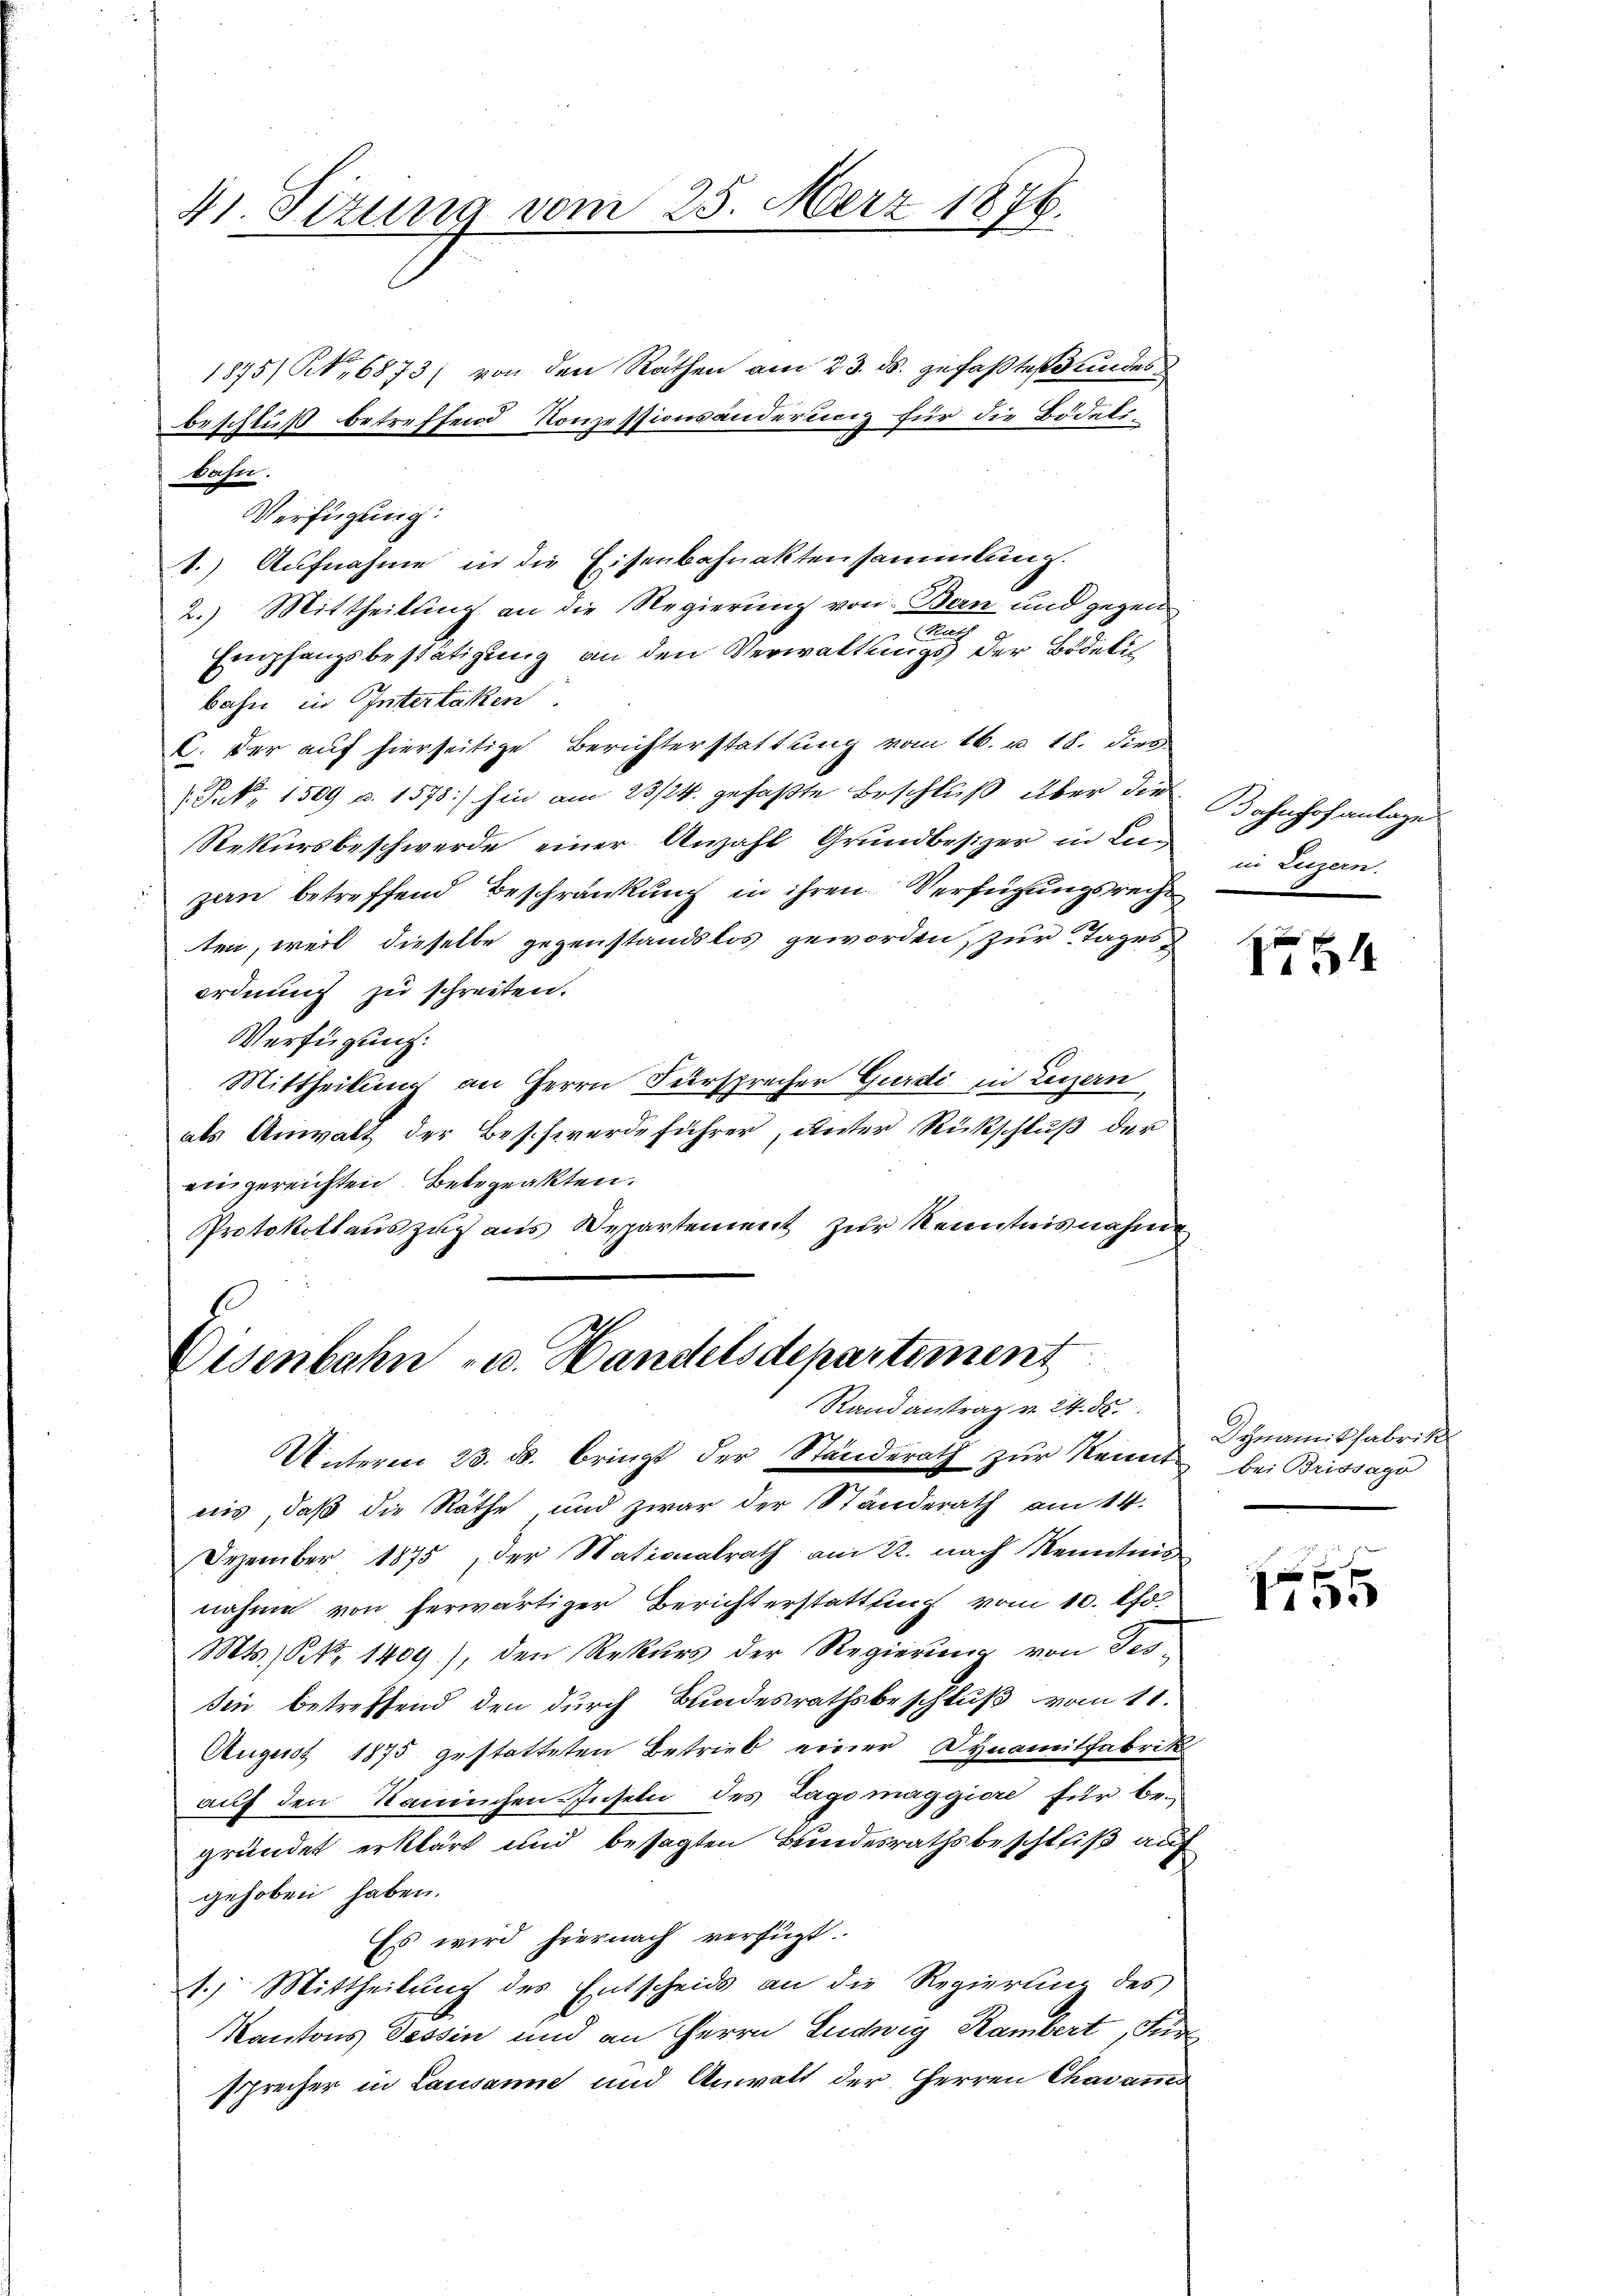
41. Sitzung vom 25. März 1876.
1875/ N., 6873/ von den Rathen am 23. ds. gefaßtes Bundes
beschluß betreffend Konzessionsänderung für die Bödeli¬

Bahn.
Verfügung:
1.) Aufnahme in die Eisenbahnaktensammlung.
2.) Mittheilung an die Regierung von Bern und gegen

Empfangsbestätigung an den Verwaltungs der Bidelis
Bahn in Interlaken.
C. der auf hierseitige Berichterstattung vom 16. u. 18. dies
Prk. 1509 u. 1578) hin am 23/24. gefaßte Beschluß über die
Rekursbeschwerde einer Anzahl Grundbesizer in Lieg
zen betreffend Beschränkung in ihren Verfügungsrecht
ten, weil dieselbe gegenstandslos geworden zur Tages
ordnung zu schreiten.
Verfügung.
Mittheilung an Herrn Fürsprecher Gurdi in Luzern,
als Anwalt der Beschwerde führer, unter Rückschluß der
eingereichten Belegeakten.
Protokollauszug aus Departement zur Kenntnisnahm
Eisenbahn - u. Handelsdepartement
Randantrag v. 24. ds.
Unterm 23. ds. bringt der Ständerath zŭr Kennt bei Brissago
nis, daß die Räthe und zwar der Ständerath am 14.
Dezember 1875, der Nationalrath am 22. nach Kenntnis
nahme von herwärtiger Bericht erstattung vom 10. Ao.
Mts. S. 1409), den Rekurs der Regierung von Tes-
sen betreffend den durch Bundesrathsbeschluß vom 11.
August 1875 gestatteten Betrieb einer Synamitfabrik
auf den Kaminchen-Inseln des Zago maggiore für begründet erklärt und besagten Bundesrathsbeschluß auf
gehoben haben.
Es wird hiernach verfügt.
1.) Mittheilung des Entscheids an die Regierung des
Kantons Tessin und an Herrn Ludwig Rambert, Sur
sprecher in Lausanne und Anwalt der Herren Chavants

Bahnhofanlage
in Luzern.

154

Dynamit fabrik

1